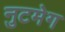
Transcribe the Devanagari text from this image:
नुटमेग